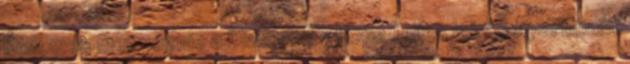
Érdemes megnéznie a Diamond - Hope Teljes leírás Apartmant